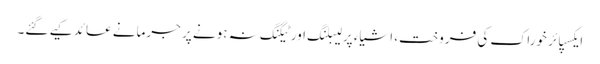
ایکسپائر خوراک کی فروخت، اشیاء پر لیبلنگ اور ٹیگنگ نہ ہونے پر جرمانے عائد کیے گئے۔